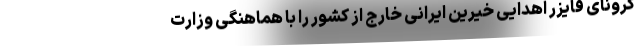
کرونای فایزر اهدایی خیرین ایرانی خارج از کشور را با هماهنگی وزارت